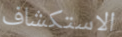
الاستكشاف